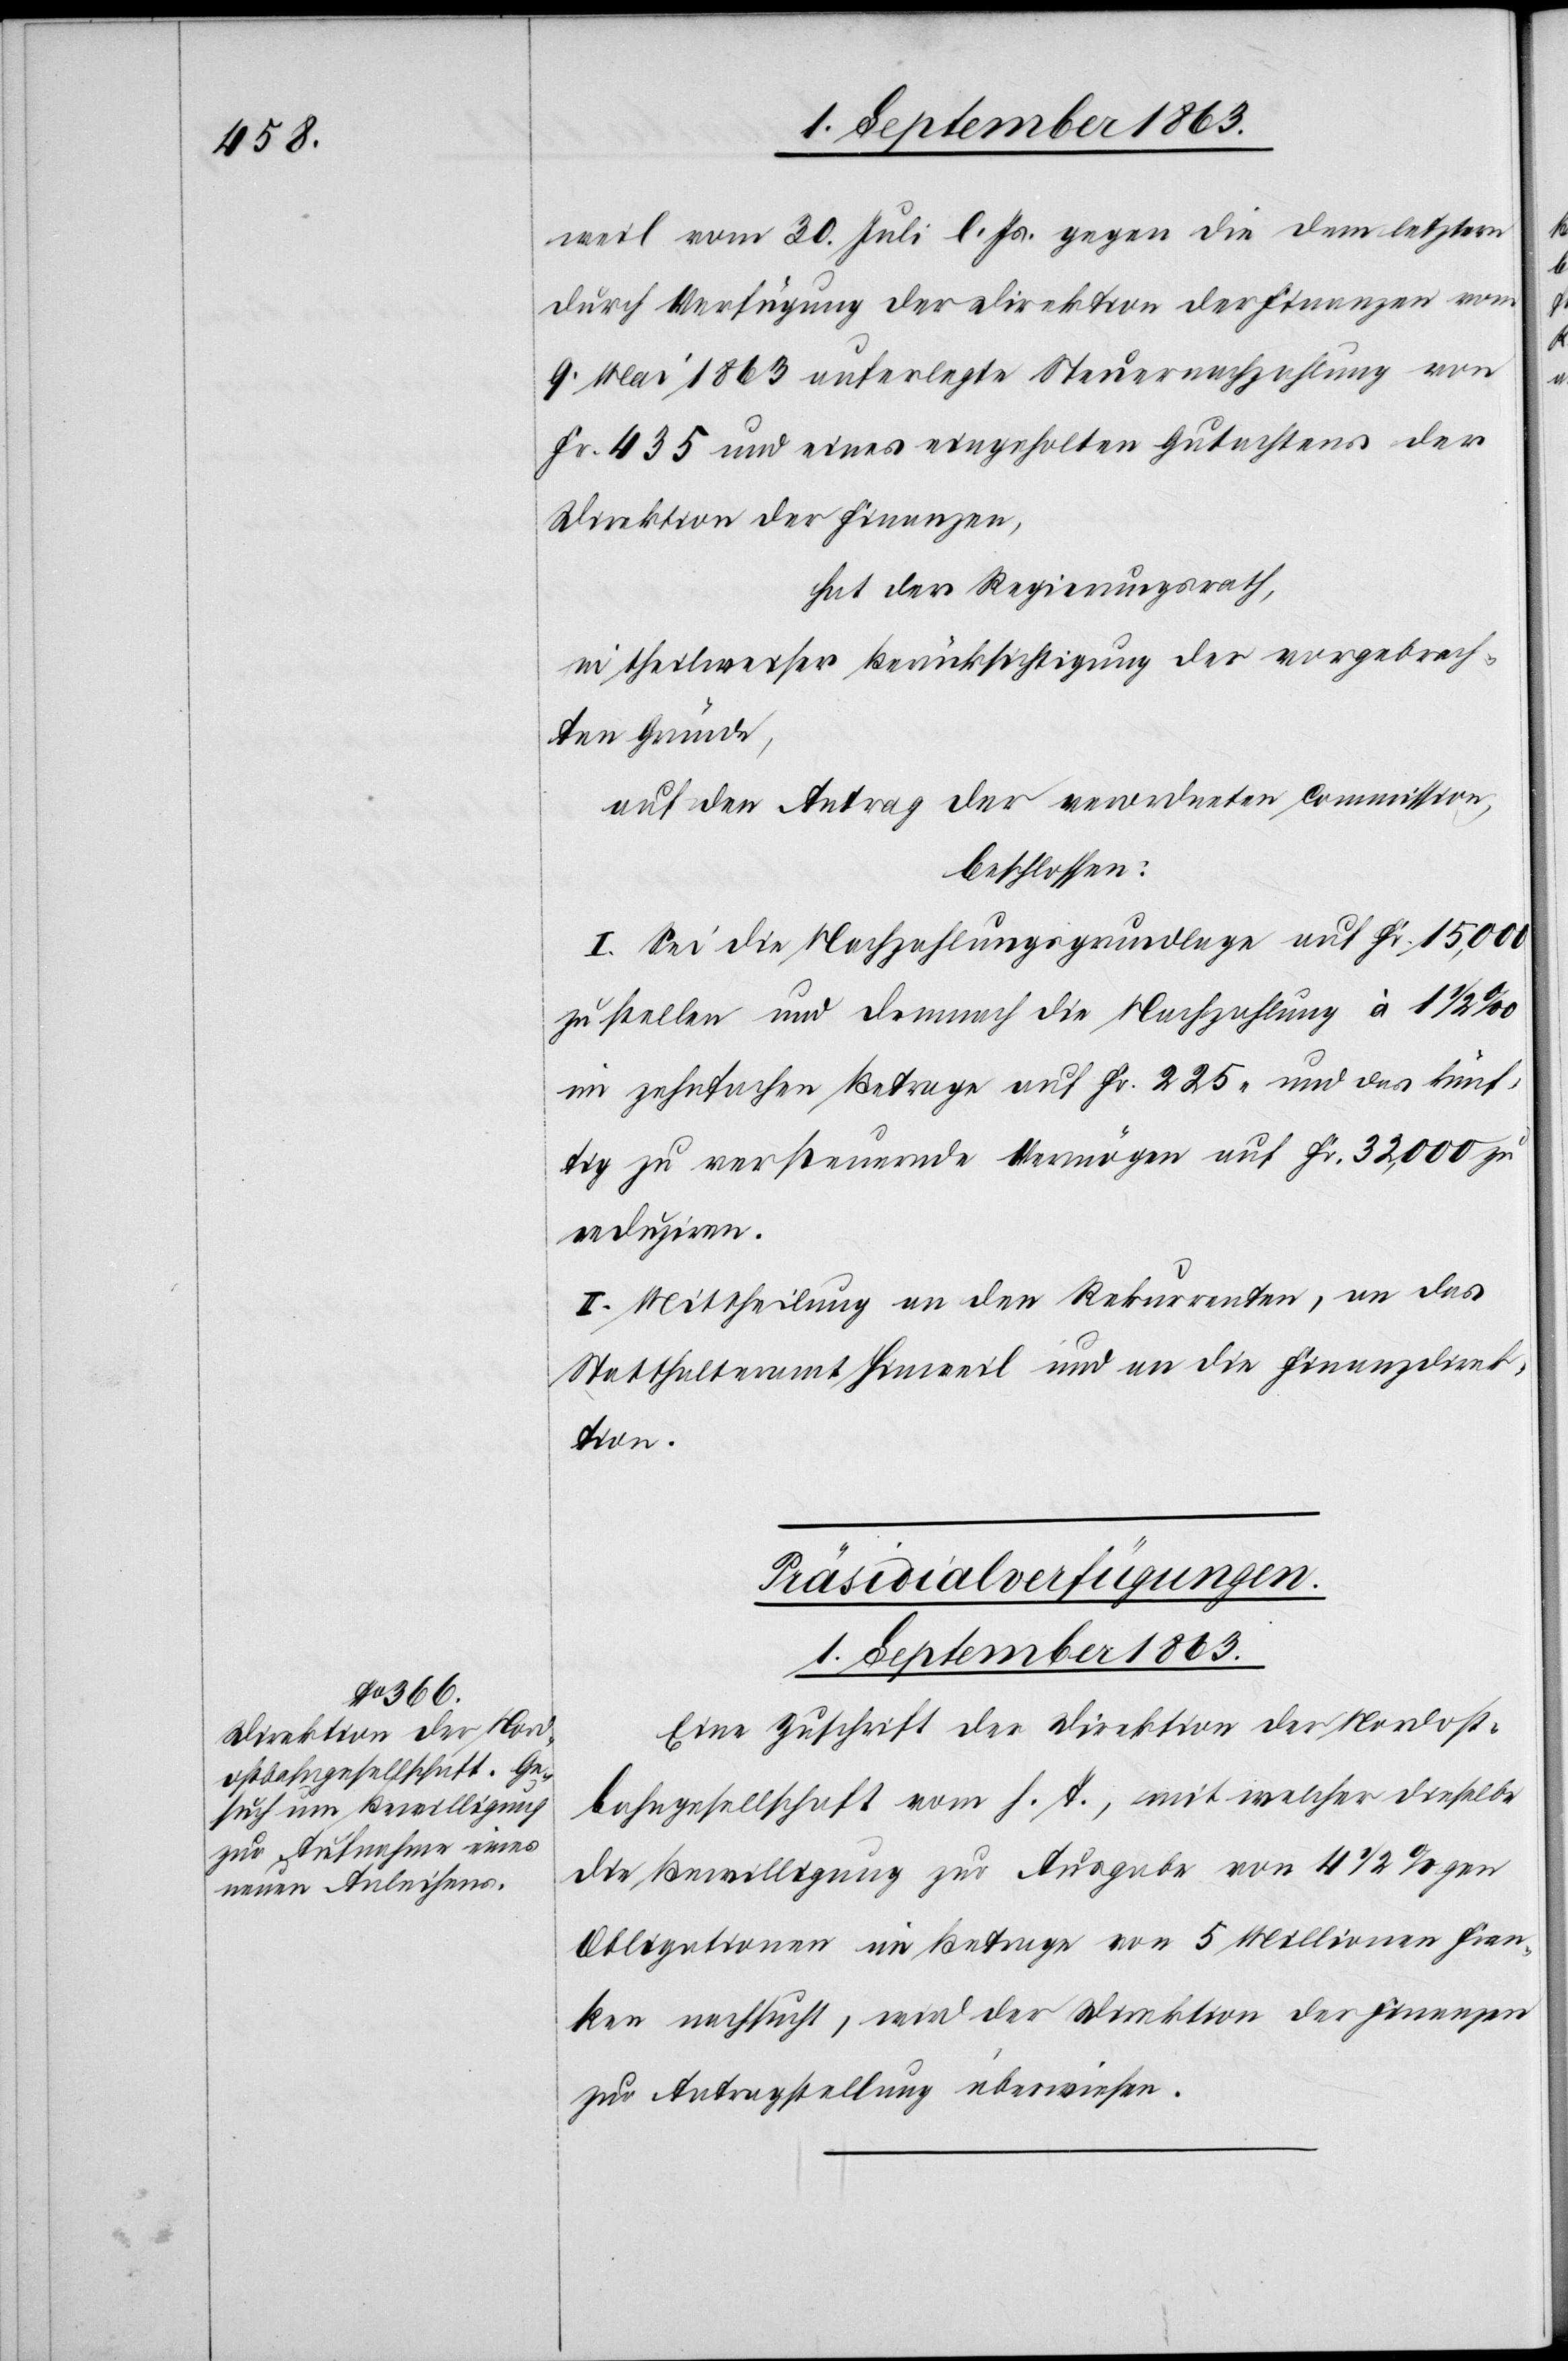
1. September 1863.
weil vom 30. Juli l. Js. gegen die dem letztern
durch Verfügung der Direktion der Finanzen vom
9. Mai 1863 auferlegte Steuernachzahlung von
Fr. 435 und eines eingeholten Gutachtens der
Direktion der Finanzen,
hat der Regierungsrath,
in theilweiser Berücksichtigung der vorgebrach¬
ten Gründe,
auf den Antrag der verordneten Commission,
beschlossen:
I. Sei die Nachzahlungsgrundlage auf Fr. 15,000
zu stellen und demnach die Nachzahlung à 1 1/2
im zehnfachen Betrage auf Fr. 225. und das künf¬
tig zu versteuernde Vermögen auf Fr. 32,000 zu
reduziren.
II. Mittheilung an den Rekurrenten, an das
Statthalteramt Hinweil und an die Finanzdirek¬
tion.
Präsidialverfügungen.
Eine Zuschrift der Direktion der Nordost¬
bahngesellschaft vom h. T., mit welcher dieselbe
die Bewilligung zur Ausgabe von 4 1/2%gen
Obligationen im Betrage von 5 Millionen Fran¬
ken nachsucht, wird der Direktion der Finanzen
zur Antragstellung überwiesen.